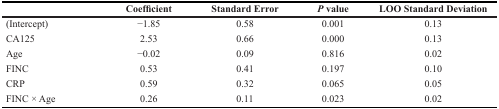
<table><thead><tr><td></td><td><b>Coefficient</b></td><td><b>Standard Error</b></td><td><b><i>P</i> value</b></td><td><b>LOO Standard Deviation</b></td></tr></thead><tbody><tr><td>(Intercept)</td><td>−1.85</td><td>0.58</td><td>0.001</td><td>0.13</td></tr><tr><td>CA125</td><td>2.53</td><td>0.66</td><td>0.000</td><td>0.13</td></tr><tr><td>Age</td><td>−0.02</td><td>0.09</td><td>0.816</td><td>0.02</td></tr><tr><td>FINC</td><td>0.53</td><td>0.41</td><td>0.197</td><td>0.10</td></tr><tr><td>CRP</td><td>0.59</td><td>0.32</td><td>0.065</td><td>0.05</td></tr><tr><td>FINC × Age</td><td>0.26</td><td>0.11</td><td>0.023</td><td>0.02</td></tr></tbody></table>